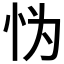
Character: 𱞅